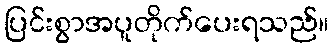
ပြင်းစွာအပူတိုက်ပေးရသည်။